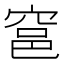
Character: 𰩎